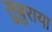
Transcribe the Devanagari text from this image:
सुबुराया